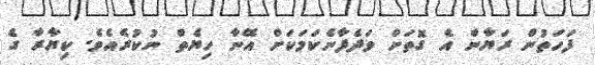
ފަހަތުން ރަޔާން އެ ގޮތަށް ވަދެފާނެކަމަކަށް އޭނާ ހިޔެތް ނުކުރެއެވެ. ކިޔާރާ ގެ